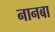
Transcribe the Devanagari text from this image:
नानबा